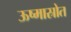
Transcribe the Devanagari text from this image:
ऊष्मास्रोत